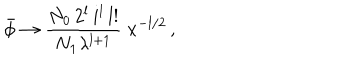
\bar { \phi } \rightarrow \frac { N _ { 0 } \, 2 ^ { l } \, i ^ { l } \, l ! } { N _ { 1 } \lambda ^ { l + 1 } } \; x ^ { - l / 2 } \, ,